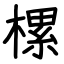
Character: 樏